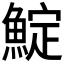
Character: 𩸎